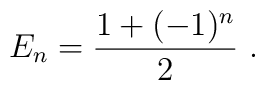
E_{n} = \frac{1+(-1)^{n}}{2} ~.